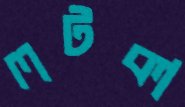
লটকা